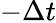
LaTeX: -\Delta t